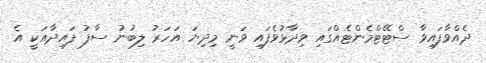
ދެއްވާފައިވާ ސްޓޭޓްމެންޓެއްގައި ވިދާޅުވެފައި ވަނީ މިދިޔަ އަހަރު ލިބުނު ސާފު ފައިދާއަކީ އެ